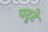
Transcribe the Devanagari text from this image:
पटूटे